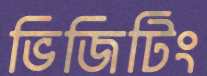
ভিজিটিং